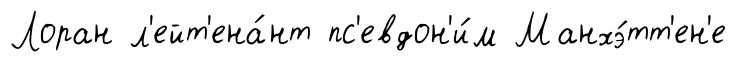
Лоран л'ейт'ена́нт пс'евдон'и́м Манхэ́тт'ен'е